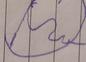
Signature authenticity: forged